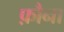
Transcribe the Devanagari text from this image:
फ़ौना